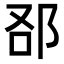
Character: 𨚨